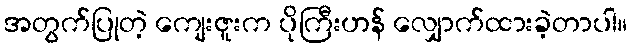
အတွက်ပြုတဲ့ ကျေးဇူးက ပိုကြီးဟန် လျှောက်ထားခဲ့တာပါ။